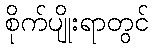
စိုက်ပျိုးရာတွင်